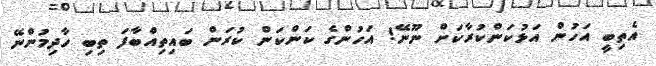
އެތިބީ އަހުން އަޅުކަންކުރާކަށް ނޫނޭ! އަހުންގެ ކަންކަން ކުރަން ބައިތިއްބާފަ ތިބި ހާދިމުންނޭ